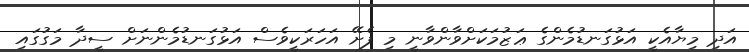
އަދި މިޔާއެކީ އަޅުގަނޑުމެންގެ ޢަޒުމަކަށްވާންވާނީ މި ފެށޭ އަހަރަކީވެސް އަޅުގަނޑުމެންނަށް ސީދާ މަގުގައި